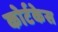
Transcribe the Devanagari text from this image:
कोर्टकेस